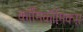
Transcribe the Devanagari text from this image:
काॅमिकॉमिक्स